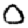
Digit: 0